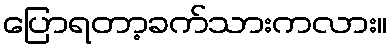
ပြောရတာ့ခက်သားကလား။